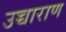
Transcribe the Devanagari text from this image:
उच्चाराण